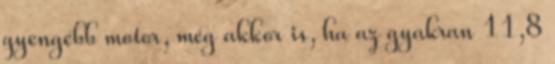
gyengébb motor, még akkor is, ha az gyakran 11,8